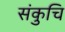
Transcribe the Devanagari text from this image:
संकुचि